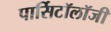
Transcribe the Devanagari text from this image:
पार्सिटॉलॉजी